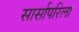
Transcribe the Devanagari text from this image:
सार्सापरिला